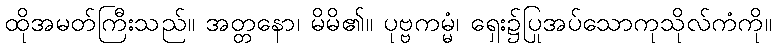
ထိုအမတ်ကြီးသည်။ အတ္တနော၊ မိမိ၏။ ပုဗ္ဗကမ္မံ၊ ရှေး၌ပြုအပ်သောကုသိုလ်ကံကို။